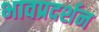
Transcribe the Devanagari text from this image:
भावप्रदर्शन